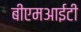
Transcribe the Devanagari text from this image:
बीएमआईटी